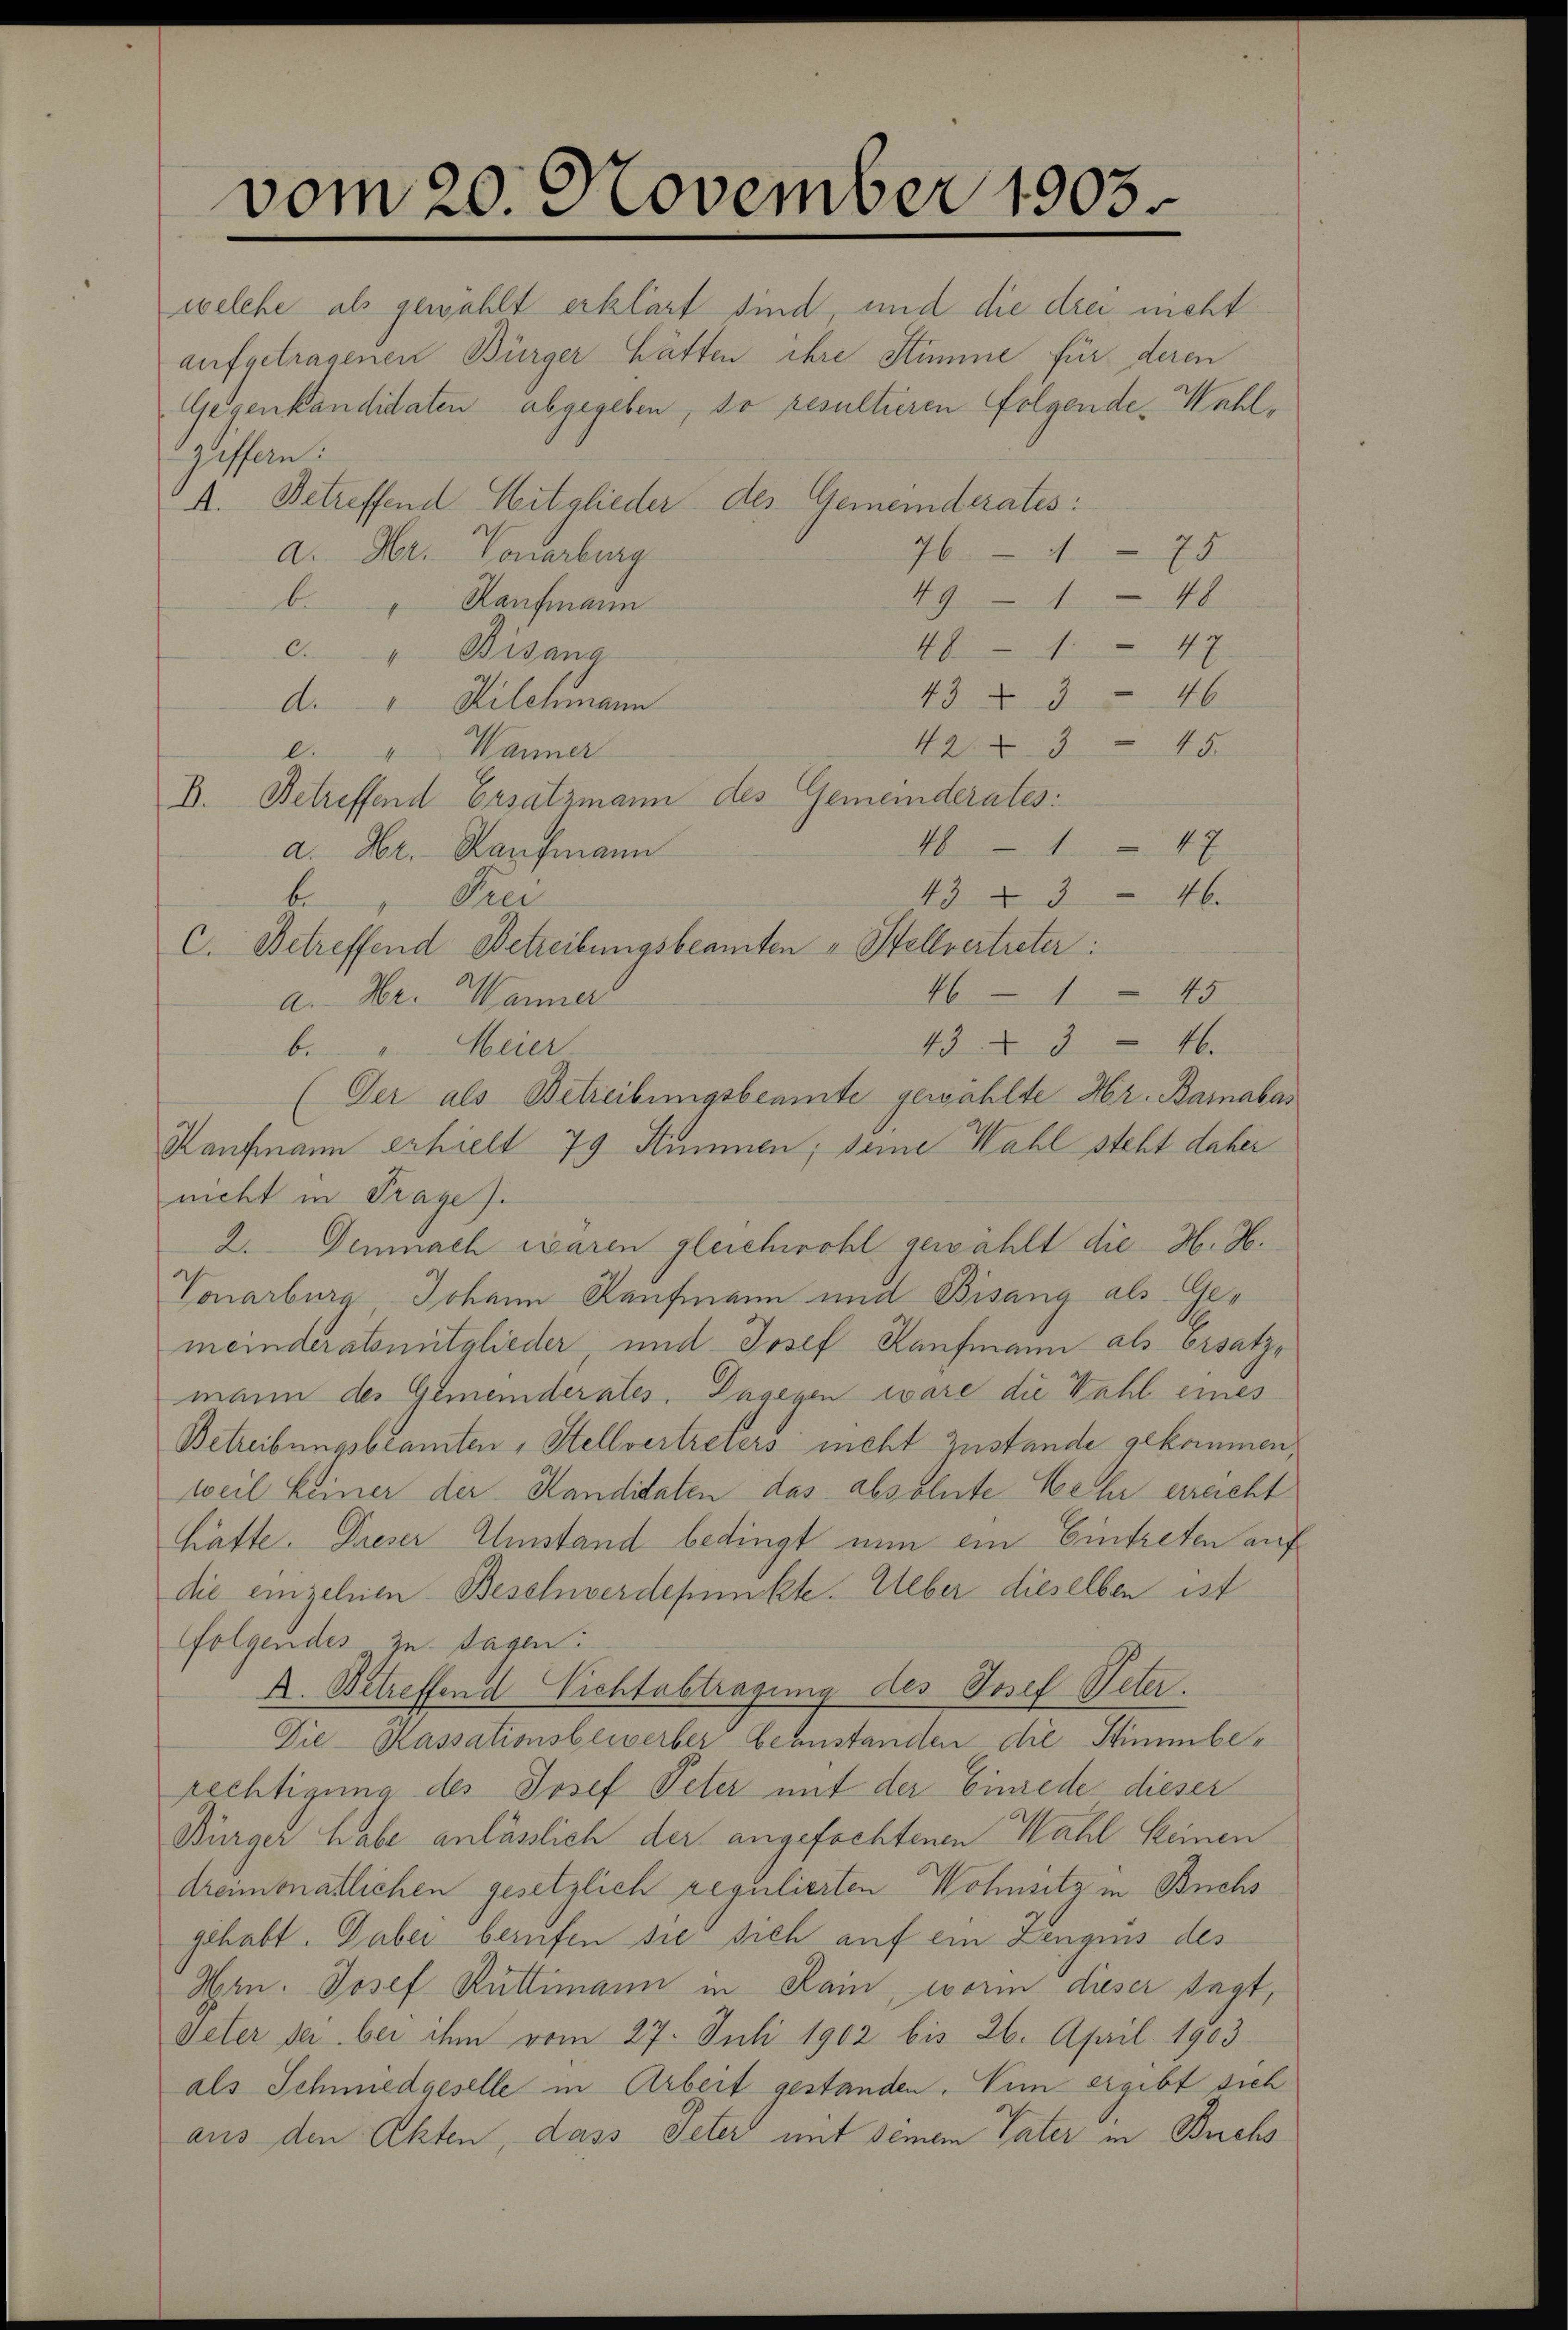
vom 20. November 1903.

welche als gewählt erklärt sind, und die drei nicht
aufgetragenen Bürger hätten ihre Stimme für deren
Gegenkandidaten abgegeben, so resultieren Folgende Wahlziffern.
A. Betreffend Mitglieder des Gemeinderates:
4675
a. Hr. Vonarburg
49 148
b
Kaufmann
f
481. 47
c. " Bisang
433 - 46
d. " Kilchmann
423 - 45.
" Wanner
l.
D. Betreffend Ersatzmann des Gemeinderates:
4847
a. Hr. Kaufmann
43 § 346.
b
Prei
C. Betreffend Betreibungsbeamten "Stellvertreter:
461 45
a. Hr. Manner
43. 346.
b. Meier
(Der als Betreibungsbeamte gewählte Hr. Barabas
Kaufmann erhielt 79 Stimmen; seine Wahl steht daher
nicht in Frage.
2. Demnach waren gleichwohl gewählt die H. H.
Vonarburg Johann Kaufmann und Bisang als Gemeinderstsmitglieder und Josef Kaufmann als Ersatzmann des Gemeinderates. Dagegen wäre die Wahl eines
Betreibungsbeamten, Stellvertreters nicht Zustande gekommen,
weil keiner der Kandidaten das absolute Wehr erreicht
hätte. Dieser Umstand bedingt nun ein Eintreten auf
die einzelnen Besolverdepunkte. Ueber dieselben ist
Folgendes zu Tagen:
A. Betreffend Nichtabtragung des Josef Peter.
Die Kassationsbewerber beanstanden die Stimmberechtigung des Josef Peter mit der Einrede dieser
Bürger habe anlässlich der angefochtenen Wahl keinen
dreimonatlichen gesetzlich regulierten Wohnsitz in Buchs
gehabt. Dabei berufen sie sich auf ein Zeugens des
Hern. Josef Rüttimann in Rain, worin dieser sagt,
Veter der bei ihm vom 27. Juli 1902 bis 26. April 1903
als Schmiedgeselle in Arbeit gestanden. Ein ergibt sich
aus den Akten, dass Peter mit seinem Vater in Buchs